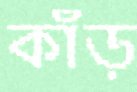
কাঁড়